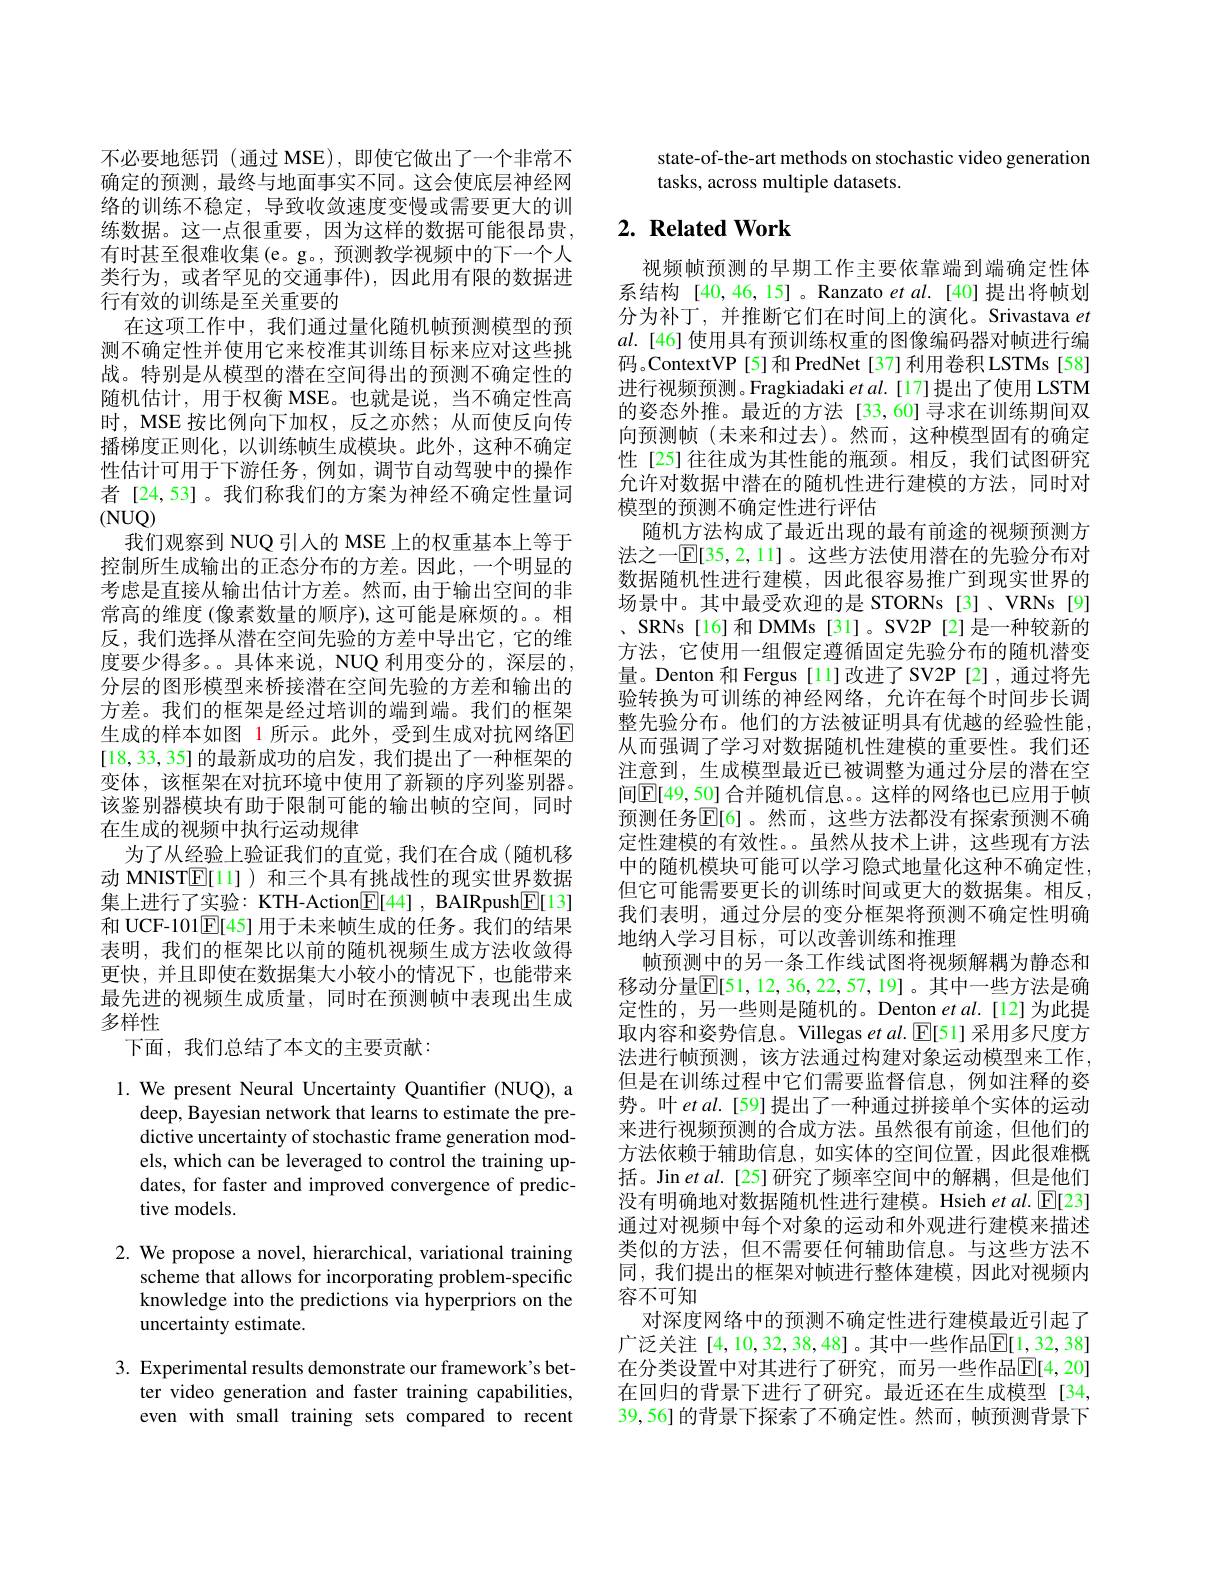
不必要地惩罚 (通过 MSE), 即使它做出了一个非常不确定的预测，最终与地面事实不同。这会使底层神经网络的训练不稳定，导致收敛速度变慢或需要更大的训练数据。这一点很重要，因为这样的数据可能很昂贵， 有时甚至很难收集(e。g。,预测教学视频中的下一个人类行为，或者罕见的交通事件),因此用有限的数据进行有效的训练是至关重要的
在这项工作中，我们通过量化随机帧预测模型的预测不确定性并使用它来校准其训练目标来应对这些挑战。特别是从模型的潜在空间得出的预测不确定性的随机估计，用于权衡 MSE。也就是说，当不确定性高时，MSE 按比例向下加权，反之亦然；从而使反向传播梯度正则化，以训练帧生成模块。此外，这种不确定性估计可用于下游任务，例如，调节自动驾驶中的操作者[24,53]。我们称我们的方案为神经不确定性量词(NUQ)
我们观察到 NUQ 引人的 MSE 上的权重基本上等于控制所生成输出的正态分布的方差。因此，一个明显的考虑是直接从输出估计方差。然而，由于输出空间的非常高的维度 (像素数量的顺序),这可能是麻烦的。。相反，我们选择从潜在空间先验的方差中导出它，它的维度要少得多。。具体来说，NUQ 利用变分的，深层的， 分层的图形模型来桥接潜在空间先验的方差和输出的方差。我们的框架是经过培训的端到端。我们的框架生成的样本如图 1 所示。此外，受到生成对抗网络区[18,33,35]的最新成功的启发，我们提出了一种框架的变体，该框架在对抗环境中使用了新颖的序列鉴别器。该鉴别器模块有助于限制可能的输出帧的空间，同时在生成的视频中执行运动规律
为了从经验上验证我们的直觉，我们在合成(随机移动 MNIST$\mathbb{E}[1]$ )和三个具有挑战性的现实世界数据集上进行了实验：KTH-Action$\boxed{\mathrm{F}}[44]$, BAIRpush$\boxed{\mathrm{E}}[13]$ 和 UCF-101$\underline{\mathrm{E}}[45]$用于未来帧生成的任务。我们的结果表明，我们的框架比以前的随机视频生成方法收敛得更快，并且即使在数据集大小较小的情况下，也能带来最先进的视频生成质量，同时在预测帧中表现出生成多样性
下面，我们总结了本文的主要贡献：

1. We present Neural Uncertainty Quantifier (NUQ), a
deep, Bayesian network that learns to estimate the predictive uncertainty of stochastic frame generation models, which can be leveraged to control the training updates, for faster and improved convergence of predictive models.

2. We propose a novel, hierarchical, variational training
scheme that allows for incorporating problem-specific knowledge into the predictions via hyperpriors on the uncertainty estimate.

3. Experimental results demonstrate our framework's bet-
ter video generation and faster training capabilities, even with small training sets compared to recent

state-of-the-art methods on stochastic video generation
tasks, across multiple datasets.

# $2. \textbf{ Related Work}$

视频帧预测的早期工作主要依靠端到端确定性体系结构[40,46,15]。Ranzato et al.[40] 提出将帧划分为补丁，并推断它们在时间上的演化。Srivastava $et$ $al.$ [46] 使用具有预训练权重的图像编码器对帧进行编码。ContextVP [5]和 PredNet [37] 利用卷积 LSTMs [58] 进行视频预测。Fragkiadaki $etal.$[17]提出了使用 LSTM 的姿态外推。最近的方法[33,60]寻求在训练期间双向预测帧(末来和过去)。然而，这种模型固有的确定性[25]往往成为其性能的瓶颈。相反，我们试图研究允许对数据中潜在的随机性进行建模的方法，同时对模型的预测不确定性进行评估
随机方法构成了最近出现的最有前途的视频预测方法之一$\mathbb{E}[35,2,11]$。这些方法使用潜在的先验分布对数据随机性进行建模，因此很容易推广到现实世界的场景中。其中最受欢迎的是 STORNs [3]、VRNs [9] 、SRNs[16]和 DMMs[31]。SV2P[2]是一种较新的方法，它使用一组假定遵循固定先验分布的随机潜变量。Denton 和 Fergus [11]改进了 SV2P [2] ,通过将先验转换为可训练的神经网络，允许在每个时间步长调整先验分布。他们的方法被证明具有优越的经验性能从而强调了学习对数据随机性建模的重要性。我们还注意到，生成模型最近已被调整为通过分层的潜在空间E[49,50] 合并随机信息。这样的网络也已应用于帧预测任务$\boxed{\mathrm{E}}[6]$。然而，这些方法都没有探索预测不确定性建模的有效性。。虽然从技术上讲，这些现有方法中的随机模块可能可以学习隐式地量化这种不确定性， 但它可能需要更长的训练时间或更大的数据集。相反， 我们表明，通过分层的变分框架将预测不确定性明确地纳人学习目标，可以改善训练和推理
帧预测中的另一条工作线试图将视频解耦为静态和移动分量$\mathbb{E}[51,12,36,22,57,19]$。其中一些方法是确定性的，另一些则是随机的。Denton et al.[12]为此提取内容和姿势信息。Villegas et al.[E[51] 采用多尺度方法进行帧预测，该方法通过构建对象运动模型来工作但是在训练过程中它们需要监督信息，例如注释的姿势。叶 et al.[59] 提出了一种通过拼接单个实体的运动来进行视频预测的合成方法。虽然很有前途，但他们的方法依赖于辅助信息，如实体的空间位置，因此很难概括。Jin et al.[25] 研究了频率空间中的解耦，但是他们没有明确地对数据随机性进行建模。Hsieh et al.[E[23] 通过对视频中每个对象的运动和外观进行建模来描述类似的方法，但不需要任何辅助信息。与这些方法不同，我们提出的框架对帧进行整体建模，因此对视频内容不可知
对深度网络中的预测不确定性进行建模最近引起了广泛关注 [4,10,32,38,48]。其中一些作品$\mathbb{E}[1,32,38]$ 在分类设置中对其进行了研究，而另一些作品$\mathbb{E}[4,20]$ 在回归的背景下进行了研究。最近还在生成模型[34, 39,56]的背景下探索了不确定性。然而，帧预测背景下